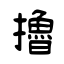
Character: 擼